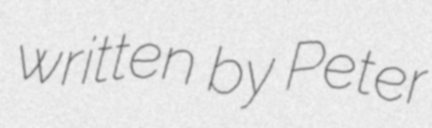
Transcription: written by Peter